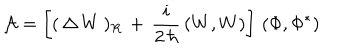
LaTeX: { \cal A } = \left[ ( \, \Delta \, W \, ) _ { R } \, + \, \frac { i } { 2 \, \hbar } \, ( W , W ) \right] \, ( \Phi , \Phi ^ { * } )